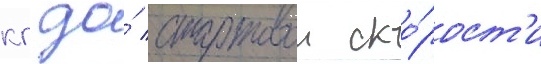
кг до́ стартовои ско́рост'и